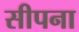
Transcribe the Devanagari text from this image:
सीपना